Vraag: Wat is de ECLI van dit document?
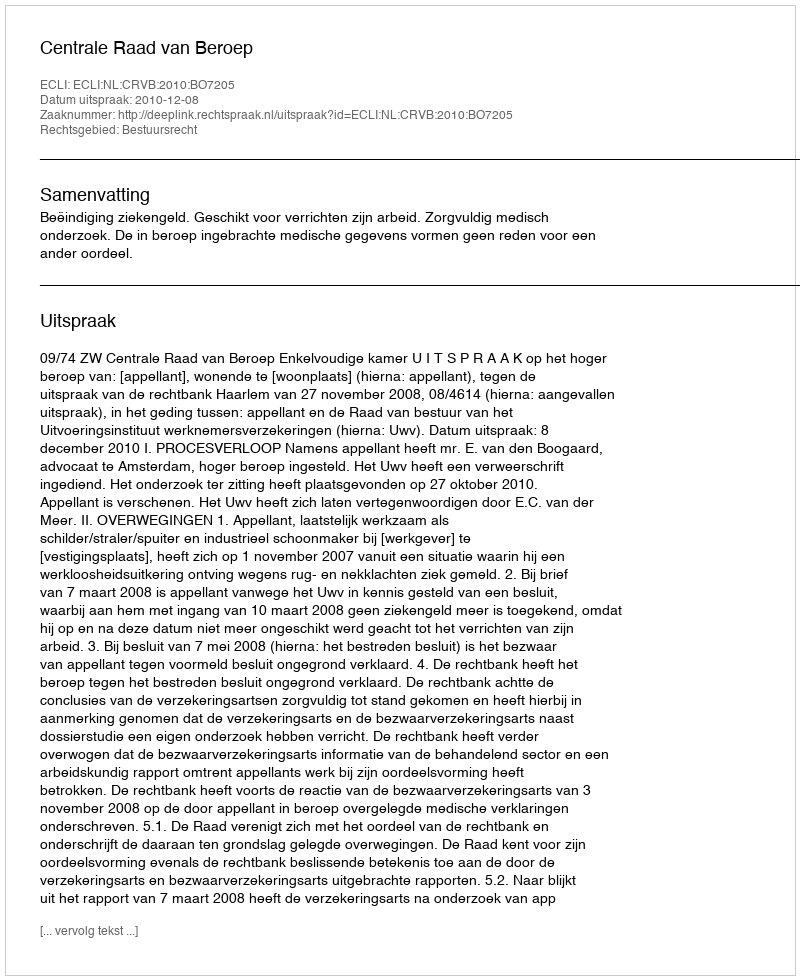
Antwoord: ECLI:NL:CRVB:2010:BO7205